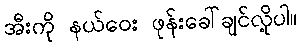
အီးကို နယ်ဝေး ဖုန်းခေါ်ချင်လို့ပါ။